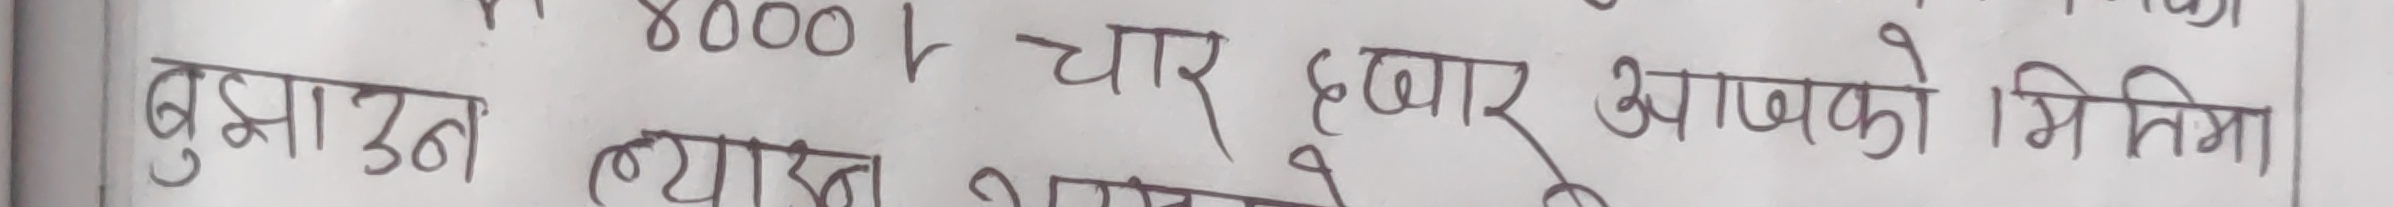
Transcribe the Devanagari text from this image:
बुझाउन ब्याज आएको मितिमा